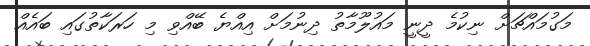
މަގުމައްޗަށް ނިކުމެ ދީނީ މައުލޫމާތު ދިނުމަށް އިއްޔެ ބޭއްވި މި ހަރަކާތުގައި ބައެއް